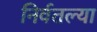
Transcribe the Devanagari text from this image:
निर्वतल्या